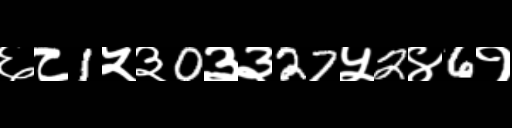
Text: ६८1५३0३३27५2४6१